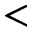
<